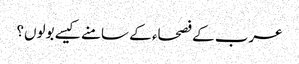
عرب کے فصحاء کے سامنے کیسے بولوں؟